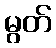
မွတ်